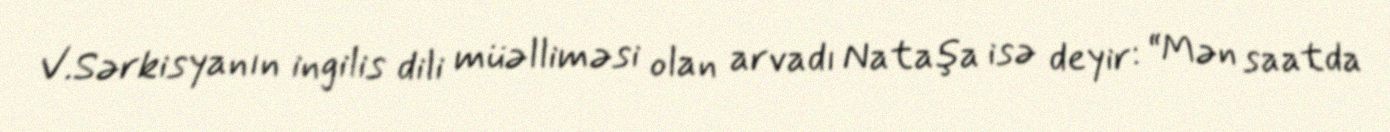
V.Sərkisyanın ingilis dili müəlliməsi olan arvadı Nataşa isə deyir: “Mən saatda